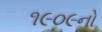
૧૯૦૯નો